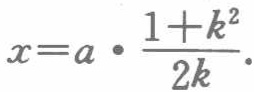
\(x=a\cdot\frac{1 + k^{2}}{2k}.\)